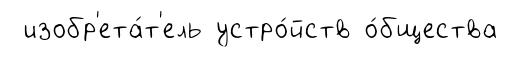
изобр'ета́т'ель устро́йств о́бщества